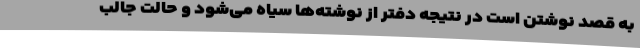
به قصد نوشتن است در نتیجه دفتر از نوشته‌ها سیاه می‌شود و حالت جالب